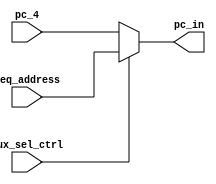
module PC_ADDER_BEQ_MUX (
  pc_in,
  beq_address,
  pc_4,
  mux_sel_ctrl
  );
  
  input [31:0] beq_address;
  input [31:0] pc_4;
  input mux_sel_ctrl;
  output reg [31:0] pc_in;
  
  always @(*)
  
  begin
    if(mux_sel_ctrl)
      pc_in = beq_address;
    else
      pc_in = pc_4;
  end
  
endmodule